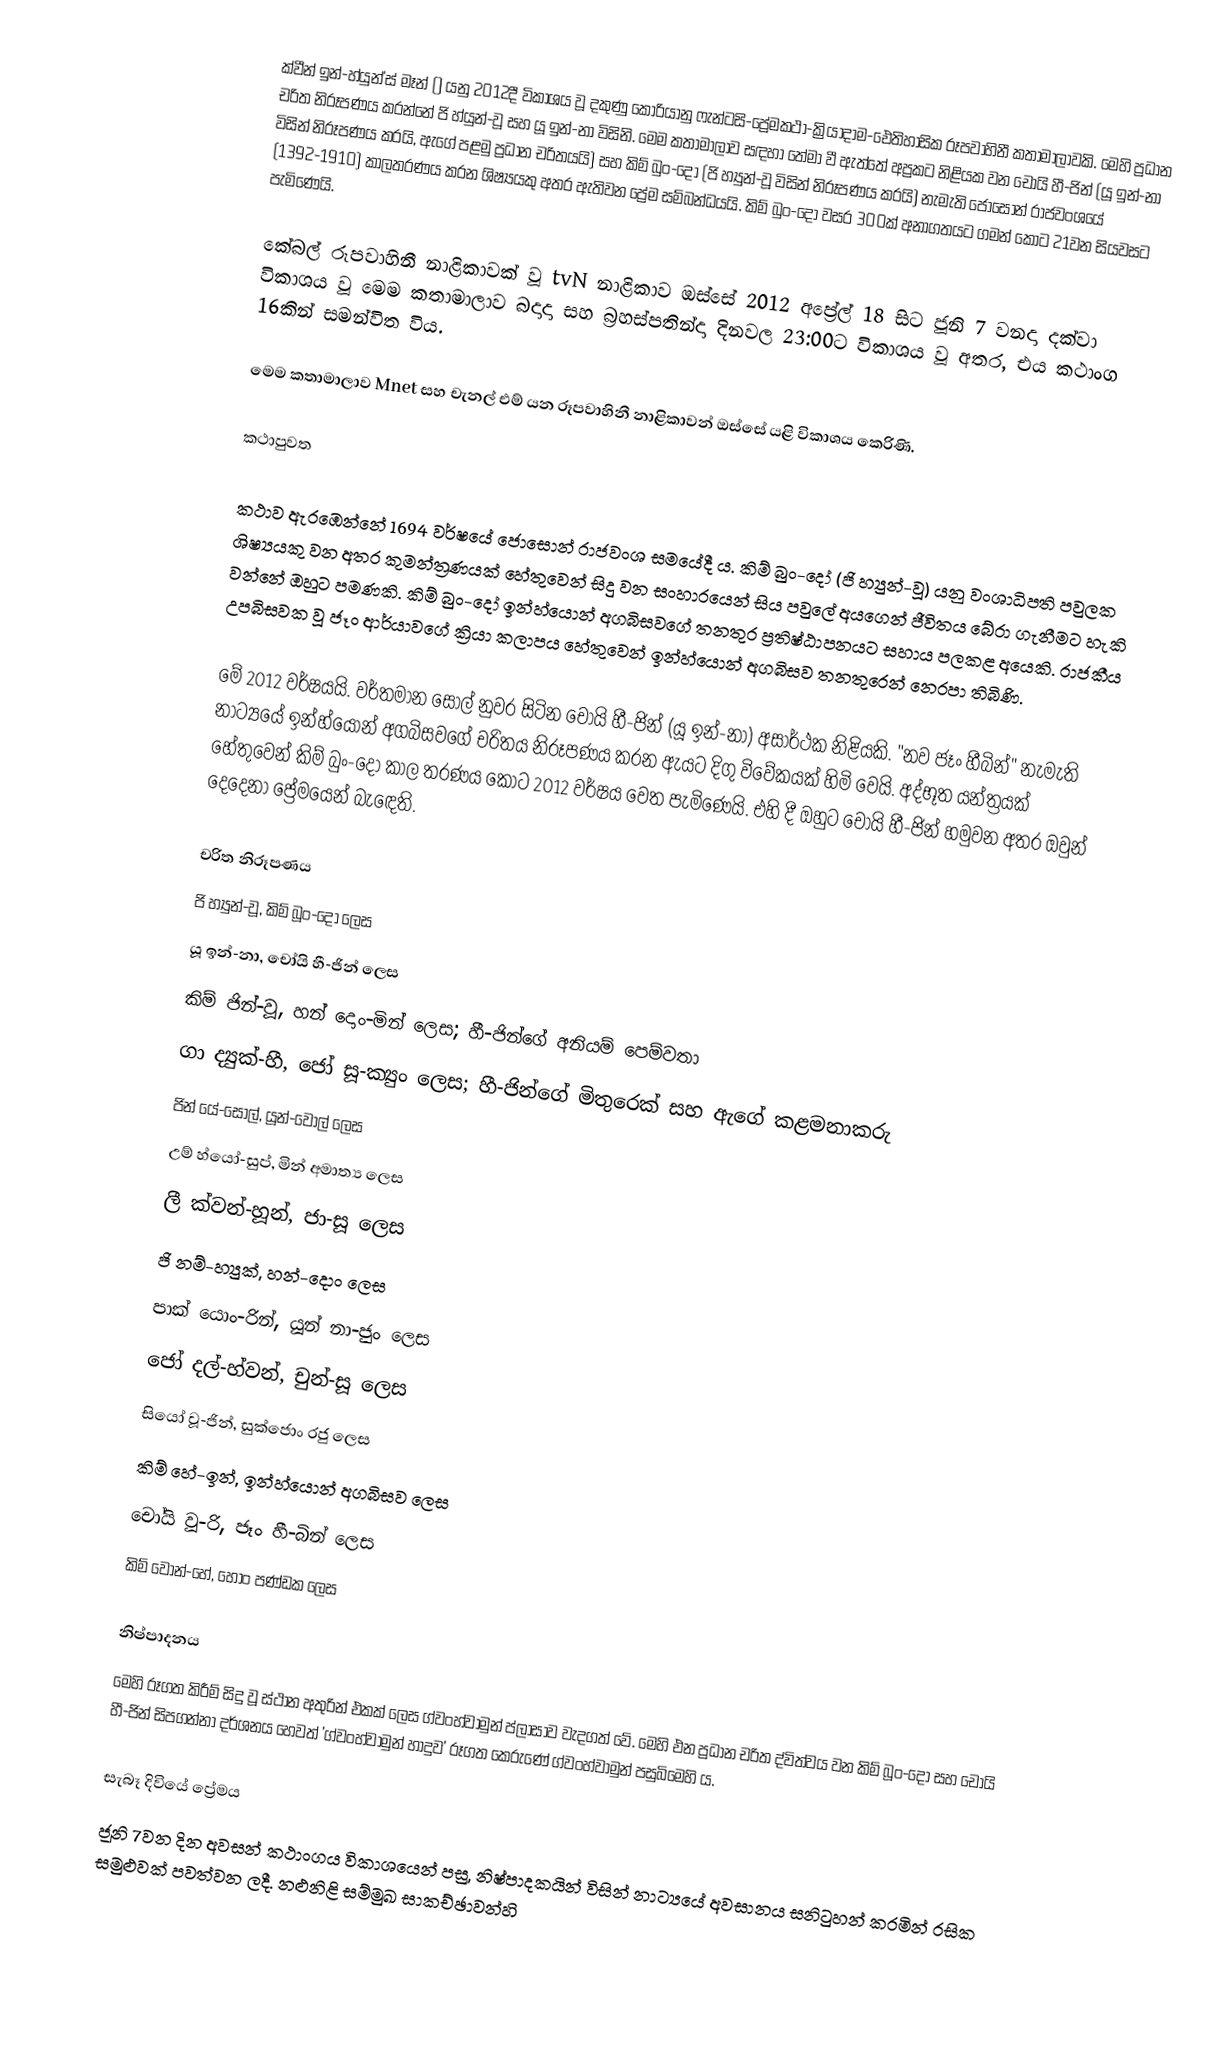
ක්වීන් ඉන්-හ්යුන්'ස් මෑන් () යනු 2012දී විකාශය වූ දකුණු කොරියානු ෆැන්ටසි-ප්‍රේමකථා-ක්‍රියාදාම-ඓතිහාසික රූපවාහිනී කතාමාලාවකි. මෙහි ප්‍රධාන චරිත නිරූපණය කරන්නේ ජි හ්යුන්-වූ සහ යූ ඉන්-නා විසිනි. මෙම කතාමාලාව සඳහා තේමා වී ඇත්තේ අප්‍රකට නිළියක වන චෝයි හී-ජින් (යූ ඉන්-නා විසින් නිරූපණය කරයි, ඇගේ පළමු ප්‍රධාන චරිතයයි) සහ කිම් බුං-දෝ (ජි හ්‍යුන්-වූ විසින් නිරූපණය කරයි) නැමැති ජොසොන් රාජවංශයේ (1392-1910) කාලතරණය කරන ශිෂ්‍යයකු අතර ඇතිවන ප්‍රේම සම්බන්ධයයි. කිම් බුං-දෝ වසර 300ක් අනාගතයට ගමන් කොට 21වන සියවසට පැමිණෙයි.

කේබල් රූපවාහිනී නාළිකාවක් වූ tvN නාළිකාව ඔස්සේ 2012 අප්‍රේල් 18 සිට ජූනි 7 වනදා දක්වා විකාශය වූ ‍මෙම කතාමාලාව බදාදා සහ බ්‍රහස්පතින්දා දිනවල 23:00ට විකාශය වූ අතර, එය කථාංග 16කින් සමන්විත විය.

මෙම කතාමාලාව Mnet සහ චැනල් එම් යන රූපවාහිනී නාළිකාවන් ඔස්සේ යළි විකාශය කෙරිණි.

කථාපුවත

කථාව ඇරඹෙන්නේ 1694 වර්ෂයේ ජොසොන් රාජවංශ සමයේදී ය. කිම් බුං-දෝ (ජි හ්‍යුන්-වූ) යනු වංශාධිපති පවුලක ශිෂ්‍යයකු වන අතර කුමන්ත්‍රණයක් හේතුවෙන් සිදු වන සංහාරයෙන් සිය පවුලේ අයගෙන් ජීවිතය බේරා ගැනීමට හැකි වන්නේ ඔහුට පමණකි. කිම් බුං-දෝ ඉන්හ්යොන් අගබිසවගේ තනතුර ප්‍රතිෂ්ඨාපනයට සහාය පලකළ අයෙකි. රාජකීය උපබිසවක වූ ජෑං ආර්යාවගේ ක්‍රියා කලාපය හේතුවෙන් ඉන්හ්යොන් අගබිසව තනතුරෙන් නෙරපා තිබිණි.

මේ 2012 වර්ෂයයි. වර්තමාන සෝල් නුවර සිටින චෝයි හී-ජින් (යූ ඉන්-නා) අසාර්ථක නිළියකි. "නව ජෑං හීබින්" නැමැති නාට්‍යයේ ඉන්හ්යොන් අගබිසවගේ චරිතය නිරූපණය කරන ඇයට දිගු විවේකයක් හිමි වෙයි. අද්භූත යන්ත්‍රයක් හේතුවෙන් කිම් බුං-දෝ කාල තරණය කොට 2012 වර්ෂය වෙත පැමිණෙයි. එහි දී ඔහුට චෝයි හී-ජින් හමුවන අතර ඔවුන් දෙදෙනා ප්‍රේමයෙන් බැ‍ඳෙති.

චරිත නිරූපණය
 ජි හ්‍යුන්-වූ, කිම් බූං-දෝ ලෙස
 යූ ඉන්-නා, චෝයි හී-ජින් ලෙස
 කිම් ජින්-වූ, හන් දොං-මින් ලෙස; හී-ජින්ගේ අනියම් පෙම්වතා
 ගා ද්‍යුක්-හී, ජෝ සූ-ක්‍යුං ලෙස; හී-ජින්ගේ මිතුරෙක් සහ ඇගේ කළමනාකරු
 ජින් යේ-සොල්, යූන්-වොල් ලෙස
 උම් හ්යෝ-සුප්, මින් අමාත්‍ය ලෙස
 ලී ක්වන්-හූන්, ජා-සූ ලෙස
 ජි නම්-හ්‍යුක්, හන්-දොං ලෙස
 පාක් යොං-රින්, යූන් නා-ජුං ලෙස
 ජෝ දල්-හ්වන්, චුන්-සූ ලෙස
 සියෝ වූ-ජින්, සුක්ජොං රජු ලෙස
 කිම් හේ-ඉන්, ඉන්හ්යොන් අගබිසව ලෙස
 චෝයි වූ-රි, ජෑං හී-බින් ලෙස
 කිම් වොන්-හේ, හොං පණ්ඩක ලෙස

නිෂ්පාදනය
මෙහි රූගත කිරීම් සිදු වූ ස්ථාන අතුරින් එකක් ලෙස ග්වංහ්වාමුන් ප්ලාසාව වැදගත් වේ. මෙහි එන ප්‍රධාන චරිත ද්විත්වය වන කිම් බූං-දෝ සහ චෝයි හී-ජින් සිපගන්නා දර්ශනය හෙවත් 'ග්වංහ්වාමුන් හාදුව' රූගත කෙරුණේ ග්වංහ්වාමුන් පසුබිමෙහි ය.

සැබෑ දිවියේ ප්‍රේමය
ජූනි 7වන දින අවසන් කථාංගය විකාශයෙන් පසු, නිෂ්පාදකයින් විසින් නාට්‍යයේ අවසානය සනිටුහන් කරමින් රසික සමුළුවක් පවත්වන ලදී. නළුනිළි සම්මුඛ සාකච්ඡාවන්හි